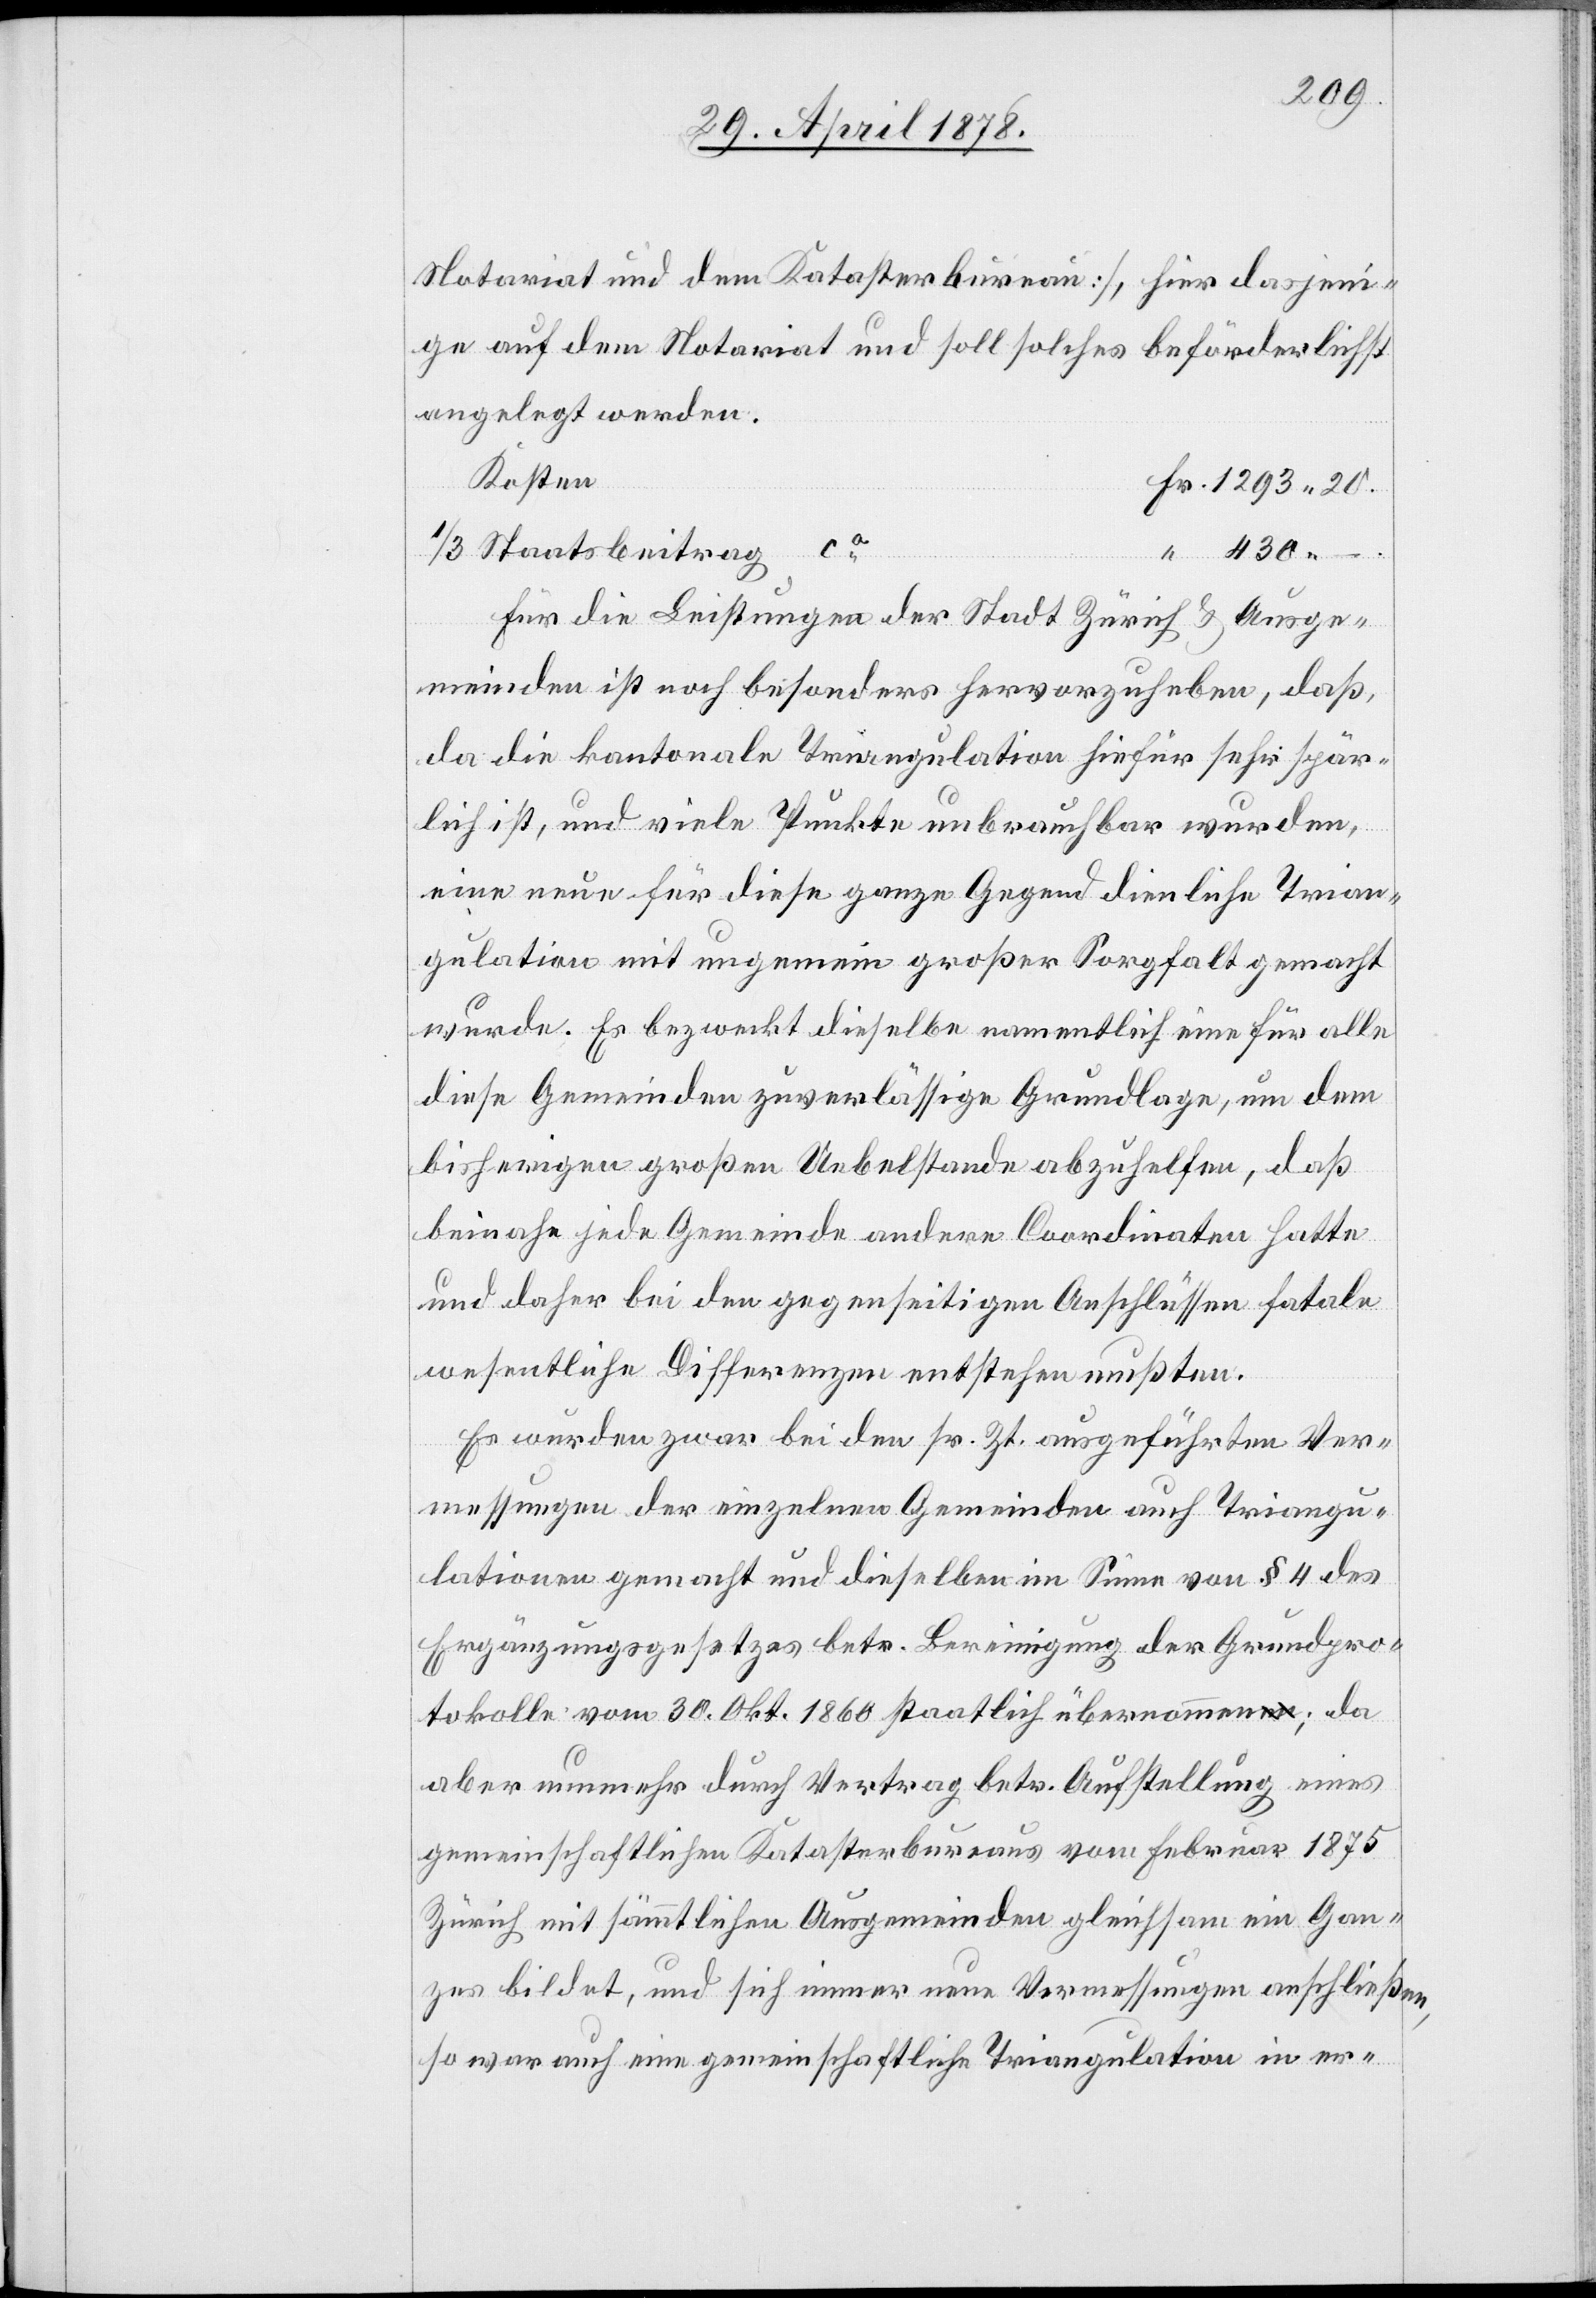
Notariat und dem Katasterbureau], hier dasjeni¬
ge auf dem Notariat und soll solches beförderlichst
angelegt werden.
Kosten
als Staatsbeitrag ca
Für die Leistungen der Stadt Zürich & Ausge¬
meinden ist noch besonders hervorzuheben, daß,
da die kantonale Triangulation hiefür sehr spär¬
lich ist, und viele Punkte unbrauchbar wurden,
eine neue für diese ganze Gegend dienliche Trian¬
gulation mit ungemein großer Sorgfalt gemacht
wurde. Es bezweckt dieselbe namentlich eine für alle
diese Gemeinden zuverlässige Grundlage, um dem
bisherigen großen Uebelstande abzuhelfen, daß
beinahe jede Gemeinde andere Coordinaten hatte
und daher bei den gegenseitigen Anschlüssen fatale
wesentliche Differenzen entstehen mußten.
Es wurden zwar bei den sr. Zt. ausgeführten Ver¬
messungen der einzelnen Gemeinden auch Triangu¬
lationen gemacht und dieselben im Sinne von § 4 des
Ergänzungsgesetzes betr. Bereinigung der Grundpro¬
tokolle vom 30. Okt. 1860 staatlich übernommen; da
aber nunmehr durch Vertrag betr. Aufstellung eines
gemeinschaftlichen Katasterbureaux vom Februar 1875
Zürich mit sämmtlichen Ausgemeinden gleichsam ein Gan¬
zes bildet, und sich immer neue Vermessungen anschließen,
so war auch eine gemeinschaftliche Triangulation in er-